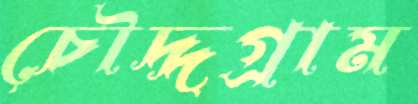
চৌদ্দগ্রাম